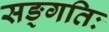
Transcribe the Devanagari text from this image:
सङ्गतिः